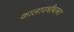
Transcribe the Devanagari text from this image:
कालावधीबाबत